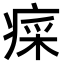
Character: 𤷕